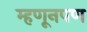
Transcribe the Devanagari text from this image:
म्हणूनपण